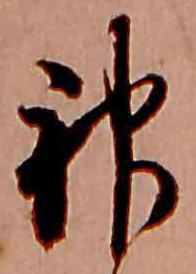
神